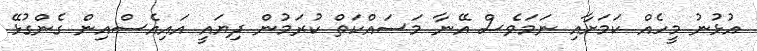
އުޅުނު މީހެއް ކަމަށާއި ނަމަވެސް އޭނާ މަސައްކަތް ކުރަމުން ދިޔައީ އައިއެސްއިން ގެންގުޅޭ